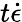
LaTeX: t\dot{\epsilon}